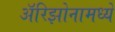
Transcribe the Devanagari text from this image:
अॅरिझोनामध्ये